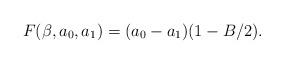
LaTeX: \begin{align*}F(\beta, a_0, a_1)=(a_0-a_1)(1-B/2).\end{align*}